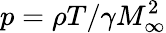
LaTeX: p=\rho T/\gamma M_{\infty}^{2}